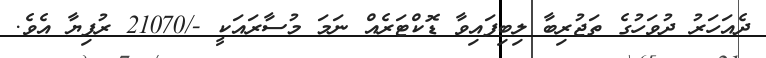
ދެއަހަރު ދުވަހުގެ ތަޖުރިބާ ލިބިފައިވާ ޑޮކްޓަރެއް ނަމަ މުސާރައަކީ -/21070 ރުފިޔާ އެވެ.